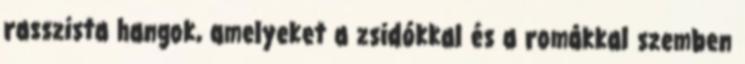
rasszista hangok, amelyeket a zsidókkal és a romákkal szemben